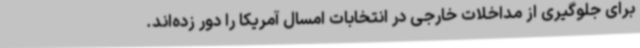
برای جلوگیری از مداخلات خارجی در انتخابات امسال آمریکا را دور زده‌اند.